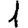
Digit: 1